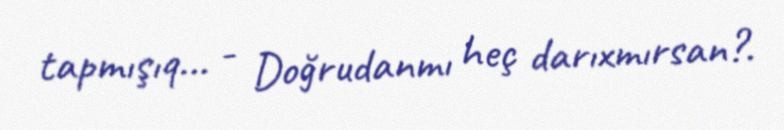
tapmışıq... - Doğrudanmı heç darıxmırsan?.